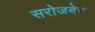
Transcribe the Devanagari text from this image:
सरोजबेन